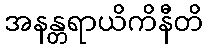
အနန္တရာယိကိနီတိ